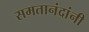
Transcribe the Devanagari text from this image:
समतानंदांनी